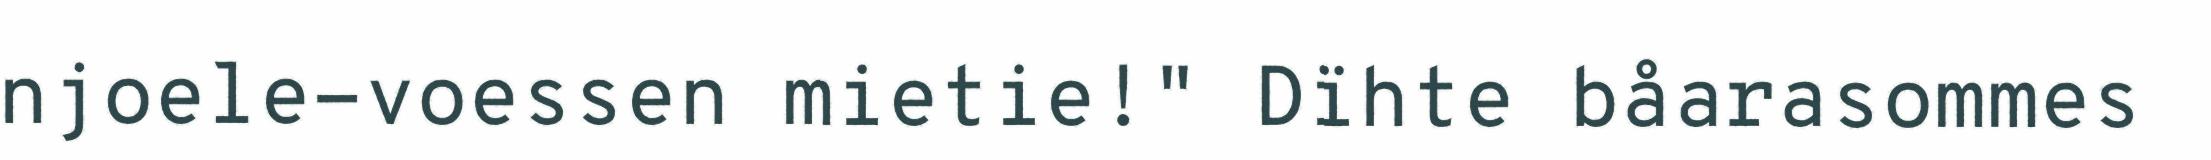
njoele-voessen mietie!" Dïhte båarasommes